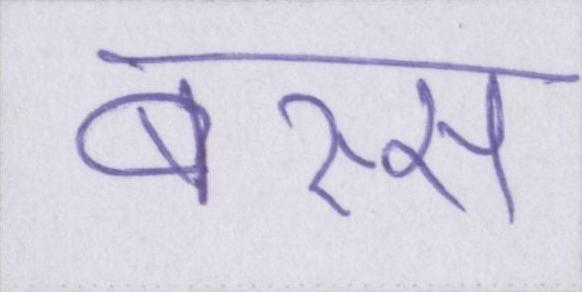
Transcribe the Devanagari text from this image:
बस्स